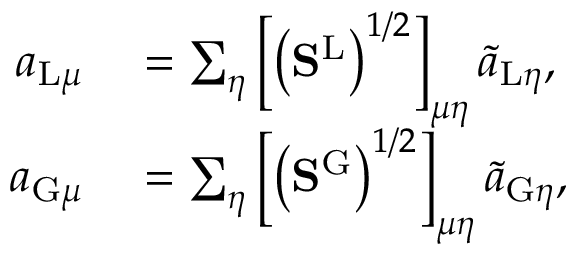
\begin{array} { r l } { a _ { \mathrm { L } \mu } } & { { } = \sum _ { \eta } \left[ \left( \mathbf { S } ^ { \mathrm { L } } \right) ^ { 1 / 2 } \right] _ { \mu \eta } \tilde { a } _ { \mathrm { L } \eta } , } \\ { a _ { \mathrm { G } \mu } } & { { } = \sum _ { \eta } \left[ \left( \mathbf { S } ^ { \mathrm { G } } \right) ^ { 1 / 2 } \right] _ { \mu \eta } \tilde { a } _ { \mathrm { G } \eta } , } \end{array}